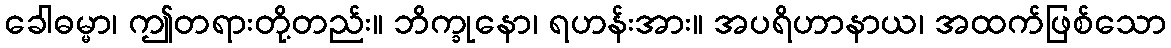
ခေါဓမ္မာ၊ ဤတရားတို့တည်း။ ဘိက္ခုနော၊ ရဟန်းအား။ အပရိဟာနာယ၊ အထက်ဖြစ်သော